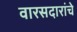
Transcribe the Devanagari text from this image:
वारसदारांचे